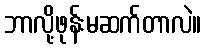
ဘာလို့ဖုန်းမဆက်တာလဲ။